Report of the Imperial Institute of Veterinary Research, Muktesar
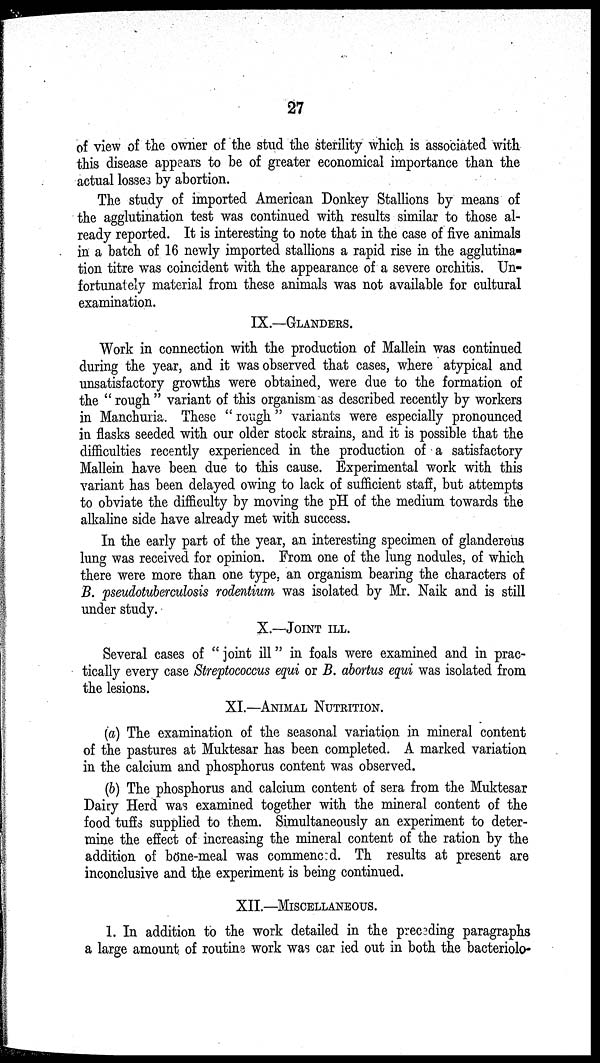
27
of view of the owner of the stud the sterility which is associated with
this disease appears to be of greater economical importance than the
actual losses by abortion.
The study of imported American Donkey Stallions by means of
the agglutination test was continued with results similar to those al-
ready reported. It is interesting to note that in the case of five animals
in a batch of 16 newly imported stallions a rapid rise in the agglutina-
tion titre was coincident with the appearance of a severe orchitis. Un-
fortunately material from these animals was not available for cultural
examination.
IX.—GLANDERS.
Work in connection with the production of Mallein was continued
during the year, and it was observed that cases, where atypical and
unsatisfactory growths were obtained, were due to the formation of
the " rough " variant of this organism as described recently by workers
in Manchuria. These " rough " variants were especially pronounced
in flasks seeded with our older stock strains, and it is possible that the
difficulties recently experienced in the production of a satisfactory
Mallein have been due to this cause. Experimental work with this
variant has been delayed owing to lack of sufficient staff, but attempts
to obviate the difficulty by moving the pH of the medium towards the
alkaline side have already met with success.
In the early part of the year, an interesting specimen of glanderous
lung was received for opinion. From one of the lung nodules, of which
there were more than one type, an organism bearing the characters of
B. pseudotuberculosis rodentium was isolated by Mr. Naik and is still
under study.
X.—JOINT ILL.
Several cases of " joint ill" in foals were examined and in prac-
tically every case Streptococcus equi or B. abortus equi was isolated from
the lesions.
XI.—ANIMAL NUTRITION.
(a) The examination of the seasonal variation in mineral content
of the pastures at Muktesar has been completed. A marked variation
in the calcium and phosphorus content was observed.
(b) The phosphorus and calcium content of sera from the Muktesar
Dairy Herd was examined together with the mineral content of the
food tuffs supplied to them. Simultaneously an experiment to deter-
mine the effect of increasing the mineral content of the ration by the
addition of bone-meal was commenced. The results at present are
inconclusive and the experiment is being continued.
XII.—MISCELLANEOUS.
1. In addition to the work detailed in the preceding paragraphs
a large amount of routine work was carried out in both the bacteriolo-